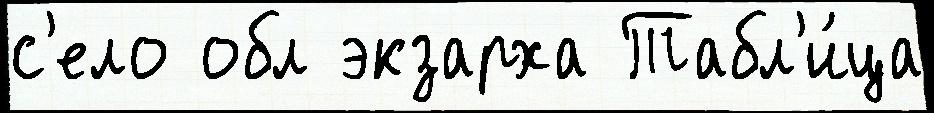
с'ело обл экзарха Табл'и́ца